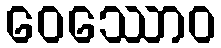
ဝေဿောဝ